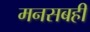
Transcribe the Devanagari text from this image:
मनसबही